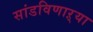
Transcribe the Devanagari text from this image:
सांडविणाऱ्या